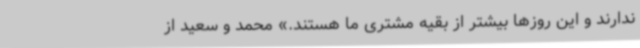
ندارند و این روزها بیشتر از بقیه مشتری ما هستند.» محمد و سعید از